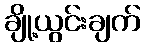
ချို့ယွင်းချက်